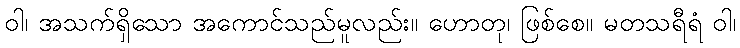
ဝါ၊ အသက်ရှိသော အကောင်သည်မူလည်း။ ဟောတု၊ ဖြစ်စေ။ မတသရီရံ ဝါ၊